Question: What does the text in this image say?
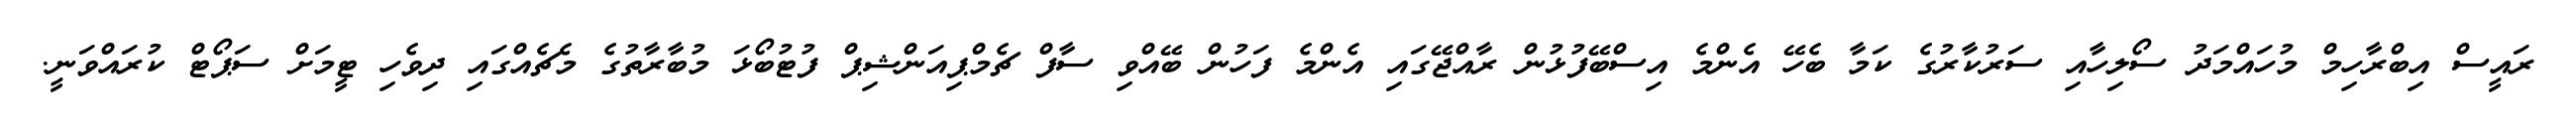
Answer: ރައީސް އިބްރާހިމް މުހައްމަދު ސޯލިހާއި ސަރުކާރުގެ ކަމާ ބެހޭ އެންމެ އިސްބޭފުޅުން ރާއްޖޭގައި އެންމެ ފަހުން ބޭއްވި ސާފް ޗެމްޕިއަންޝިޕް ފުޓުބޯޅަ މުބާރާތުގެ މެޗެއްގައި ދިވެހި ޓީމަށް ސަޕޯޓް ކުރައްވަނީ.